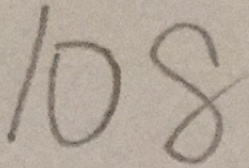
1 0 8